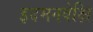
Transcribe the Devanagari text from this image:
इदमनवेक्षि